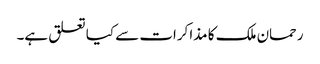
رحمان ملک کا مذاکرات سے کیا تعلق ہے۔